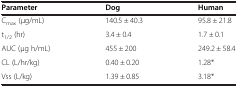
| Parameter | Dog | Human |
 | --- | --- | --- |
 | Cmax (μg/mL) | 140.5 ± 40.3 | 95.8 ± 21.8 |
 | t1/2 (hr) | 3.4 ± 0.4 | 1.7 ± 0.1 |
 | AUC (μg h/mL) | 455 ± 200 | 249.2 ± 58.4 |
 | CL (L/hr/kg) | 0.40 ± 0.20 | 1.28* |
 | Vss (L/kg) | 1.39 ± 0.85 | 3.18* |